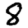
Digit: 8